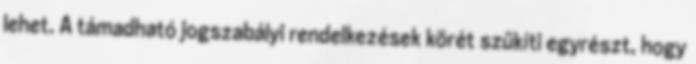
lehet. A támadható jogszabályi rendelkezések körét szűkíti egyrészt, hogy